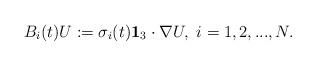
LaTeX: \begin{align*}B_i(t)U:=\sigma_{i}(t)\mathbf{1}_3\cdot \nabla U,\ i=1,2,...,N.\end{align*}